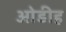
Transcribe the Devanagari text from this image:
ओडीह